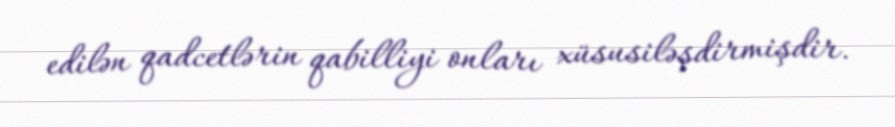
edilən qadcetlərin qabilliyi onları xüsusiləşdirmişdir.